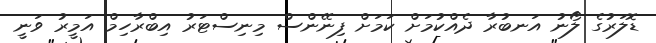
ޑޮލަރުގެ ލޯނު އަނބުރާ ދެއްކުމަށް ކަމަށް ފިނޭންސް މިނިސްޓަރު އިބްރާހިމް އަމީރު ވަނީ